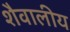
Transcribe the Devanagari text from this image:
शैवालीय